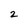
Character: 2